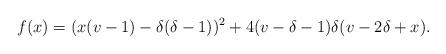
LaTeX: \begin{align*}f(x)=(x(v-1)-\delta(\delta-1))^2+4(v-\delta-1)\delta(v-2\delta+x).\end{align*}